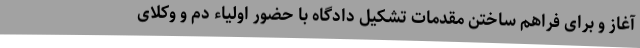
آغاز و برای فراهم ساختن مقدمات تشکیل دادگاه با حضور اولیاء دم و وکلای